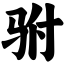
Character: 驸